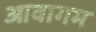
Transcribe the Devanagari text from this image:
आवागम